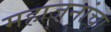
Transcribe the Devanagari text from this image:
महाजनांचा